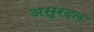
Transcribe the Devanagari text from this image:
असुरदल